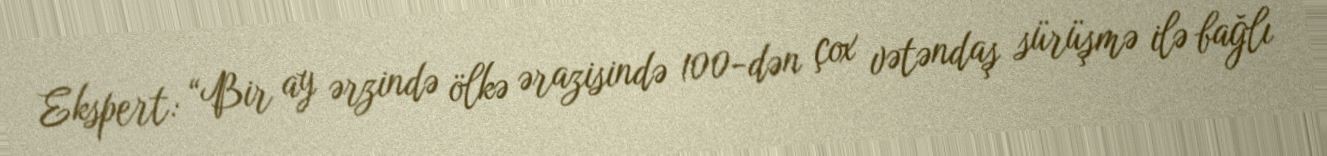
Ekspert: “Bir ay ərzində ölkə ərazisində 100-dən çox vətəndaş sürüşmə ilə bağlı